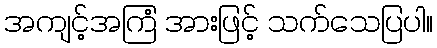
အကျင့်အကြံ အားဖြင့် သက်သေပြပါ။